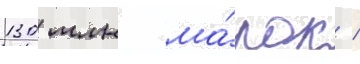
130 млн ма́рок /